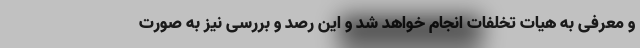
و معرفی به هیات تخلفات انجام خواهد شد و این رصد و بررسی نیز به صورت